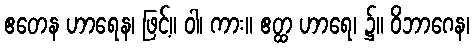
ဧတေန ဟာရေန၊ ဖြင့်။ ဝါ၊ ကား။ ဧတ္ထ ဟာရေ၊ ၌။ ဝိဘာဂေန၊